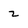
Character: z